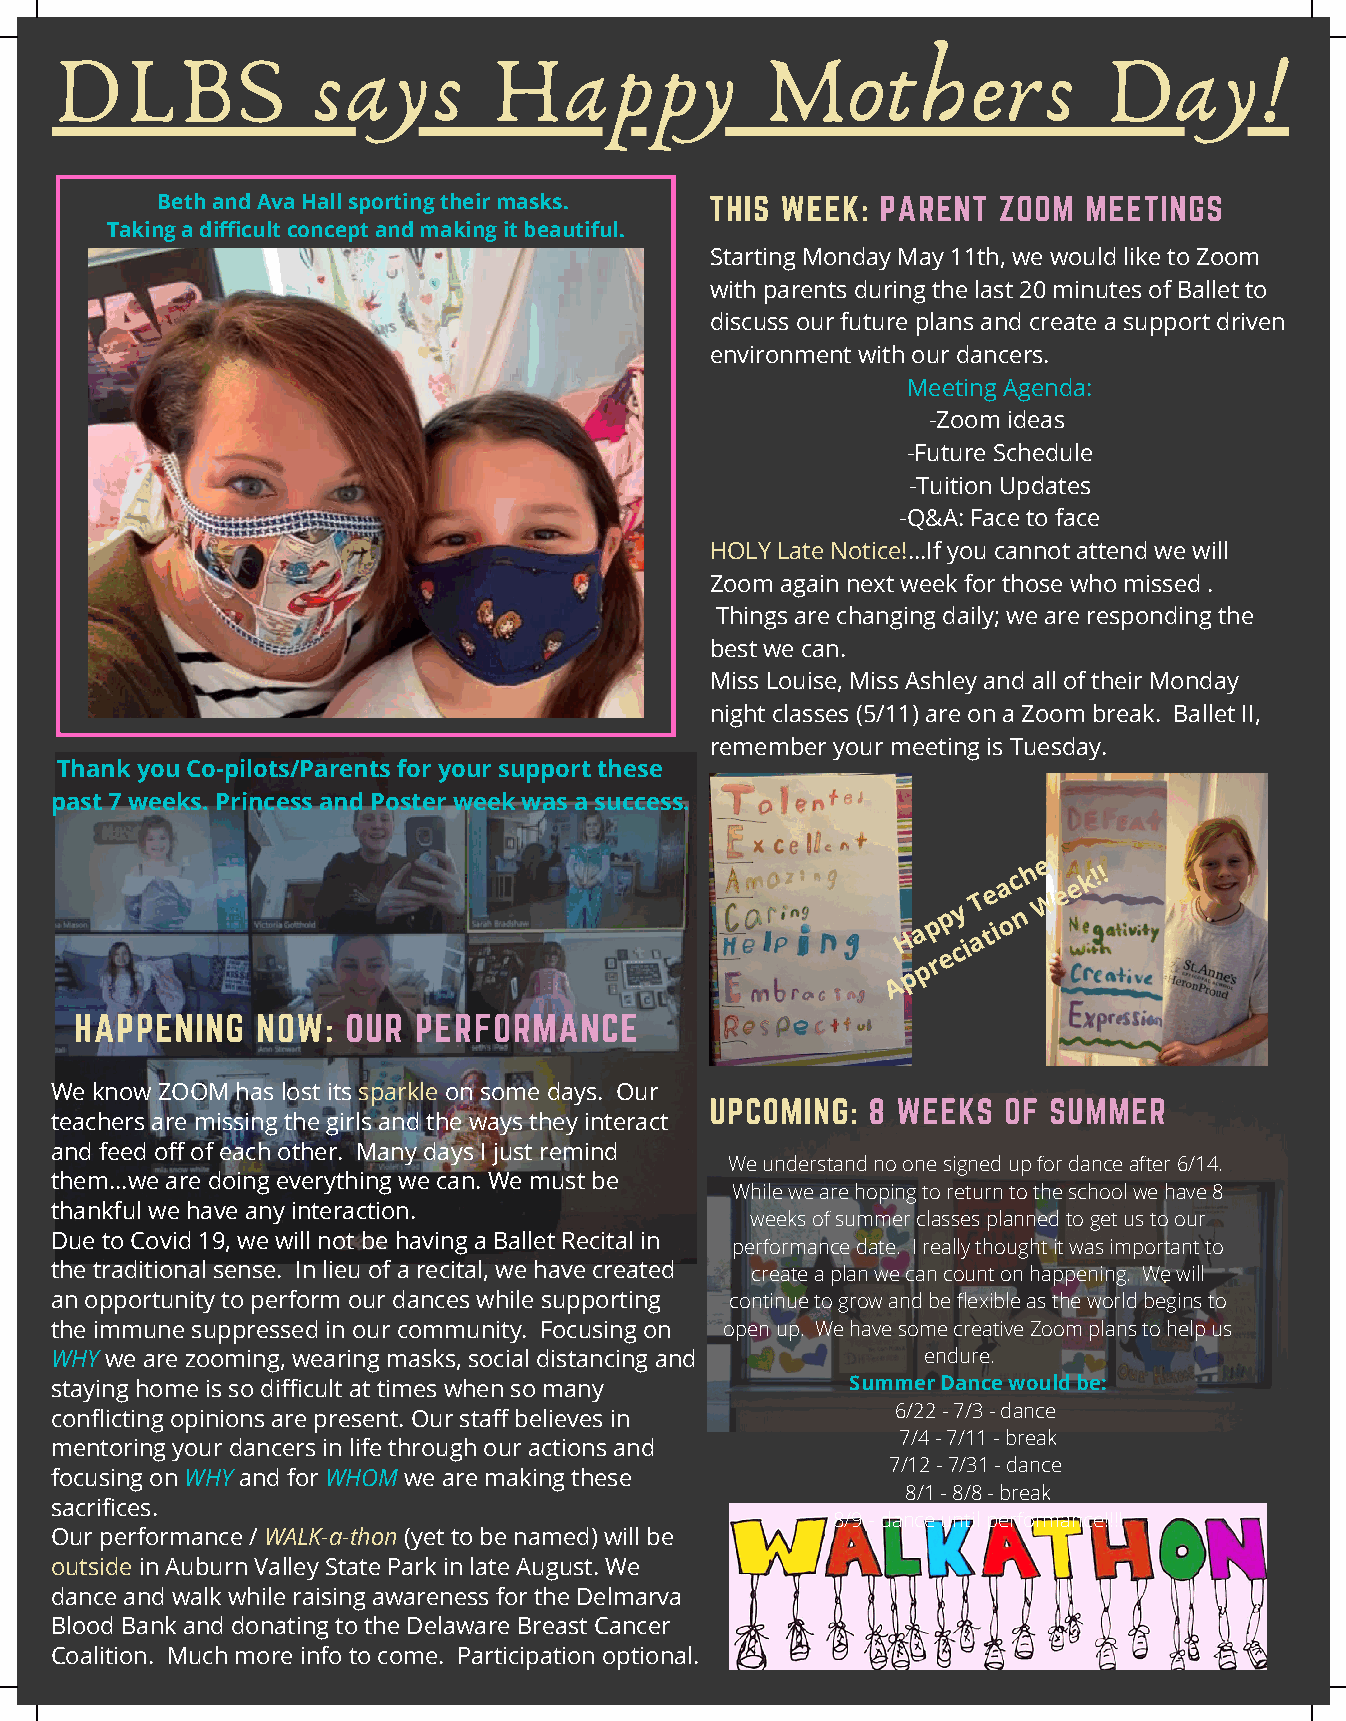
DLBS              says        Happy             Mothers               Day!
 Beth and Ava Hall sporting their masks. THIS WEEK: PARENT ZOOM MEETINGS
 Taking a difficult concept and making it beautiful.
 Starting Monday May 11th, we would like to Zoom
 with parents during the last 20 minutes of Ballet to
 discuss our future plans and create a support driven
 environment with our dancers.
 Meeting Agenda:
 -Zoom ideas
 -Future Schedule
 -Tuition Updates
 -Q&A: Face to face
 HOLY Late Notice!...If you cannot attend we will
 Zoom again next week for those who missed .
 Things are changing daily; we are responding the
 best we can.
 Miss Louise, Miss Ashley and all of their Monday
 night classes (5/11) are on a Zoom break. Ballet II,
 remember your meeting is Tuesday.
 Thank you Co-pilots/Parents for your support these
 past 7 weeks. Princess and Poster week was a success.
 p y
 T e a c
 n
 h
 We r
 e e k
 !!
 p    o
 H
 a
 a
 ti
 e
 ci
 p r
 p
 A
 HAPPENING   NOW:  OUR PERFORMANCE
 We know ZOOM has lost its sparkle on some days. Our
 UPCOMING:  8 WEEKS OF SUMMER
 teachers are missing the girls and the ways they interact
 and feed off of each other. Many days I just remind
 We understand no one signed up for dance after 6/14.
 them...we are doing everything we can. We must be
 While we are hoping to return to the school we have 8
 thankful we have any interaction.
 weeks of summer classes planned to get us to our
 Due to Covid 19, we will not be having a Ballet Recital in
 performance date. I really thought it was important to
 the traditional sense. In lieu of a recital, we have created create a plan we can count on happening. We. will
 an opportunity to perform our dances while supporting continue to grow and be flexible as the world be gins to
 the immune suppressed in our community. Focusing on open up. We have some creative Zoom plans to help us
 WHY we are zooming, wearing masks, social distancing and  endure.
 staying home is so difficult at times when so many   Summer Dance would be:
 6/22 - 7/3 - dance
 conflicting opinions are present. Our staff believes in
 7/4 - 7/11 - break
 mentoring your dancers in life through our actions and
 7/12 - 7/31 - dance
 focusing on WHY and for WHOM we are making these
 8/1 - 8/8 - break
 sacrifices.
 8/9 - dance until performance!!!!
 Our performance / WALK-a-thon (yet to be named) will be
 outside in Auburn Valley State Park in late August. We
 dance and walk while raising awareness for the Delmarva
 Blood Bank and donating to the Delaware Breast Cancer
 Coalition. Much more info to come. Participation optional.